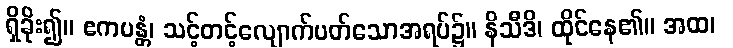
ရှိခိုး၍။ ဧကမန္တံ၊ သင့်တင့်လျောက်ပတ်သောအရပ်၌။ နိသီဒိ၊ ထိုင်နေ၏။ အထ၊